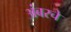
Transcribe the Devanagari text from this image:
अंबरचे